Annual administration report of the Civil Veterinary Department, Ajmere-Merwara, British Rajputana - 1914-1940
Year: 1914
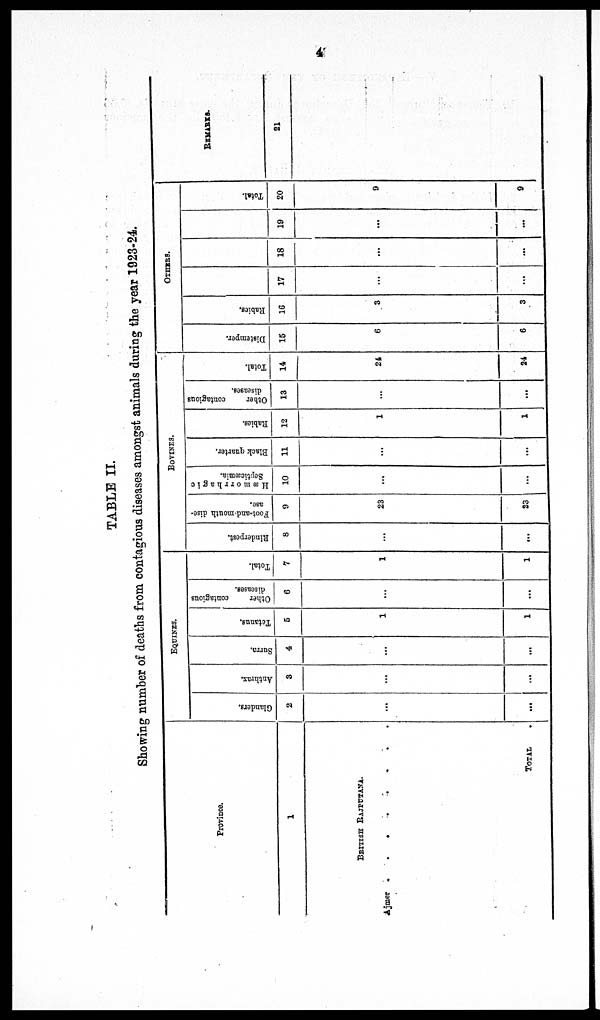
4
TABLE II.
Showing number of deaths from contagious diseases amongst animals during the year 1923-24.
Province.
1
BRITISH
RAJPUTANA.
Ajmer
..
.
.
.
.
.
.
TOTAL .
EQUINES.
Glanders.
2
...
...
Anthrax.
3
...
...
Surra.
4
...
...
Tetanus.
5
1
1
Other
contagious
diseases.
6
...
...
Total.
7
1
1
BOVINES.
Rinderpest.
8
...
...
Foot-and-mouth dise-
ase.
9
23
23
Hæmorrhagic
Septicæmia.
10
...
...
Black quarter.
11
...
...
Rabies.
12
1
1
Other
contagious
diseases.
13
...
...
Total.
14
24
24
OTHERS.
Distemper.
15
6
6
Rabies.
16
3
3
17
...
...
18
...
...
19
...
...
Total.
20
9
9
REMARKS.
21